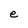
Character: e